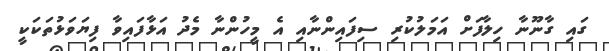
ގައި ގާނޫނާ ހިލާފަށް އަމަލުކުރި ސިފައިންނާއި އެ މީހުންނާ މެދު އަޅާފައިވާ ފިޔަވަޅުތަކަކީ